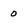
Character: 0